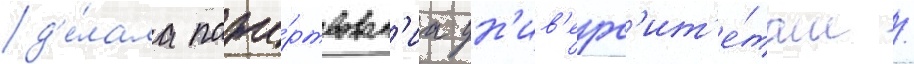
д'е́лала поже́ртвован'иа ун'ив'ерс'ит'е́там /